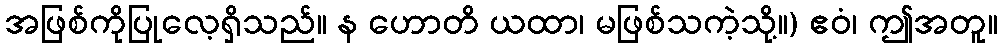
အဖြစ်ကိုပြုလေ့ရှိသည်။ န ဟောတိ ယထာ၊ မဖြစ်သကဲ့သို့။) ဧဝံ၊ ဤအတူ။